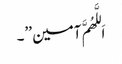
اَللَّھُمَّ آمین ’’۔